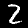
Digit: 2